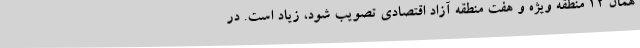
همان 12 منطقه ویژه و هفت منطقه آزاد اقتصادی تصویب شود، زیاد است. در